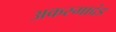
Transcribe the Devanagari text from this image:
अकस्माद्दंड